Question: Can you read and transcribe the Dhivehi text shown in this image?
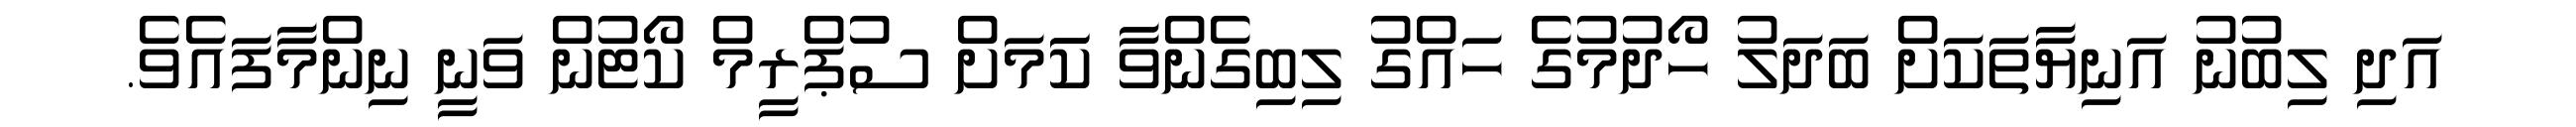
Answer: އަދި ލިބުނު އަނިޔާތަކަށް ބަދަލު ހޯދުމުގެ ހައްގު ލިބިގެންވާ ކަަމަށް ސުޕްރީމް ކޯޓުން ވަނީ ނިންމާފައެވެ.